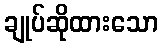
ချုပ်ဆိုထားသော